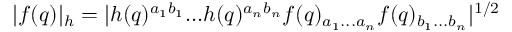
| f ( q ) | _ { h } = | h ( q ) ^ { a _ { 1 } b _ { 1 } } . . . h ( q ) ^ { a _ { n } b _ { n } } f ( q ) _ { a _ { 1 } . . . a _ { n } } f ( q ) _ { b _ { 1 } . . . b _ { n } } | ^ { 1 / 2 }